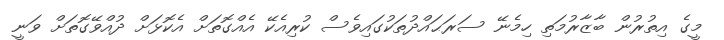
މީގެ އިތުރުން ބާޒާރުމަތި ހިމެނޭ ސަރަޙައްދުތަކުގައިވެސް ކުރިއެކޭ އެއްގޮތަށް އެކޮޅަށް ދުއްވޭގޮތަށް ވަނީ